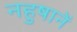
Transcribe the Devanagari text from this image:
नहुषानें